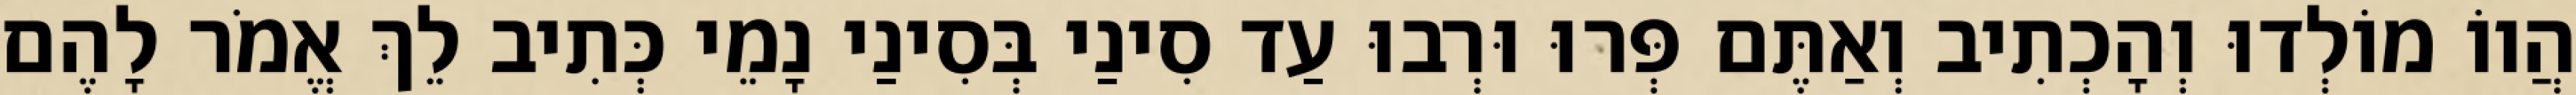
הֲווֹ מוֹלְדוּ וְהָכְתִיב וְאַתֶּם פְּרוּ וּרְבוּ עַד סִינַי בְּסִינַי נָמֵי כְּתִיב לֵךְ אֱמֹר לָהֶם